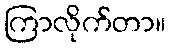
ကြာလိုက်တာ။